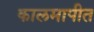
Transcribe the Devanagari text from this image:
कालमापीत